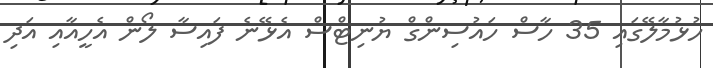
ހުޅުމާލޭގައި 35 ހާސް ހައުސިންގް ޔުނިޓްސް އެޅޭނެ ފައިސާ ލޯން އެހީއާއި އަދި